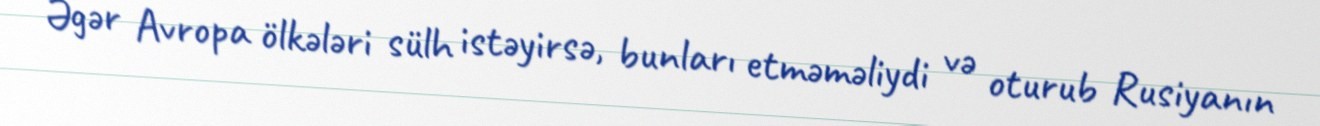
Əgər Avropa ölkələri sülh istəyirsə, bunları etməməliydi və oturub Rusiyanın